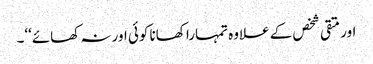
اور متقی شخص کے علاوہ تمہارا کھانا کوئی اور نہ کھائے‘‘۔